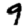
Digit: 9